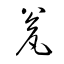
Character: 瓮